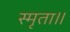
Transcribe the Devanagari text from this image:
स्मृता॥